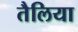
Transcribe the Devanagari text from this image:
तैलिया